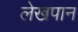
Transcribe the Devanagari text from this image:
लेखपान